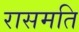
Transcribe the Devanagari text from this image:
रासमति